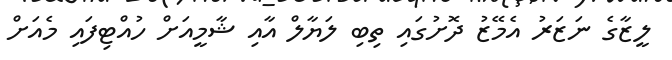
ލީޒާގެ ނަޒަރު އެމޭޒު ދޮށުގައި ތިބި ލަޔާލް އާއި ޝާމީއަށް ހުއްޓިފައި މެއަށް